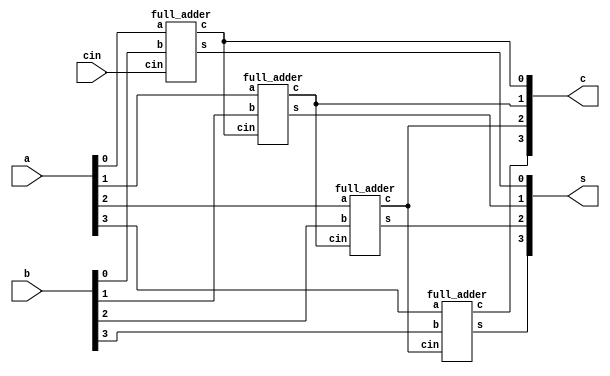
module adder_4bit(s,c,a,b,cin);
output[3:0] s,c;
input[3:0] a,b;
input cin;
full_adder FA1(s[0],c[0],a[0],b[0],cin);
full_adder FA2(s[1],c[1],a[1],b[1],c[0]);
full_adder FA3(s[2],c[2],a[2],b[2],c[1]);
full_adder FA4(s[3],c[3],a[3],b[3],c[2]);
endmodule
module full_adder(s,c,a,b,cin);
output s,c;
input a,b,cin;
wire s1,c1,c2;
half_adder HA1(s1,c1,a,b);
half_adder HA2(s,c2,s1,cin);
or_gate or1(c1,c2,c);

endmodule
module half_adder(s,c,a,b);
output s,c;
input a,b;
xor_gate xor1(a,b,s);
and_gate and1(a,b,c);

endmodule
module xor_gate(I1,I2,O);
	input I1,I2;
	output O;
        wire W1,W2;
	or_gate or1(
          .I1 (I1),
	  .I2 (I2),
	  .O (W1)
	  );
        nand(W2,I1,I2);
        and_gate and1(
          .I1 (W1),
	  .I2 (W2),
	  .O (O)
	  );
        
endmodule
module and_gate(I1,I2,O);
	input I1,I2;
	output O;
        wire W;
	nand(W,I1,I2);
        nand(O,W,W);
endmodule

module or_gate(I1,I2,O);
	input I1,I2;
	output O;
        wire W1,W2;
	nand(W1,I1,I1);
        nand(W2,I2,I2);
        nand(W2,I2,I2);
	nand(O,W1,W2);
endmodule